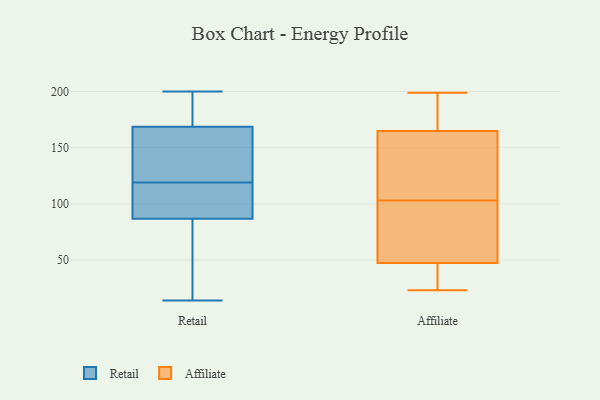
{"axis": {"x": "Population (Million)", "y": "Value"}, "legend": ["Affiliate", "Retail"], "data": [{"x": "", "y": 181, "type": "Retail"}, {"x": "", "y": 39, "type": "Retail"}, {"x": "", "y": 103, "type": "Retail"}, {"x": "", "y": 110, "type": "Retail"}, {"x": "", "y": 82, "type": "Retail"}, {"x": "", "y": 128, "type": "Retail"}, {"x": "", "y": 119, "type": "Retail"}, {"x": "", "y": 184, "type": "Retail"}, {"x": "", "y": 156, "type": "Retail"}, {"x": "", "y": 37, "type": "Retail"}, {"x": "", "y": 14, "type": "Retail"}, {"x": "", "y": 101, "type": "Retail"}, {"x": "", "y": 200, "type": "Retail"}, {"x": "", "y": 154, "type": "Retail"}, {"x": "", "y": 173, "type": "Retail"}, {"x": "", "y": 75, "type": "Affiliate"}, {"x": "", "y": 27, "type": "Affiliate"}, {"x": "", "y": 138, "type": "Affiliate"}, {"x": "", "y": 103, "type": "Affiliate"}, {"x": "", "y": 199, "type": "Affiliate"}, {"x": "", "y": 52, "type": "Affiliate"}, {"x": "", "y": 183, "type": "Affiliate"}, {"x": "", "y": 24, "type": "Affiliate"}, {"x": "", "y": 33, "type": "Affiliate"}, {"x": "", "y": 174, "type": "Affiliate"}, {"x": "", "y": 150, "type": "Affiliate"}, {"x": "", "y": 71, "type": "Affiliate"}, {"x": "", "y": 123, "type": "Affiliate"}, {"x": "", "y": 73, "type": "Affiliate"}, {"x": "", "y": 179, "type": "Affiliate"}, {"x": "", "y": 162, "type": "Affiliate"}, {"x": "", "y": 23, "type": "Affiliate"}]}